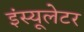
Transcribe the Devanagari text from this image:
इंस्यूलेटर